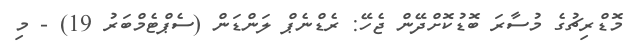
މޮޑްރިޗުގެ މުސާރަ ބޮޑުކޮށްދޭން ޖެހޭ: ރެޑްނެޕް ލަންޑަން (ސެޕްޓެމްބަރު 19) - މި